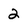
Character: 2